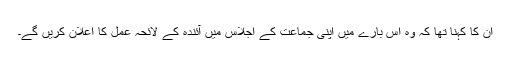
ان کا کہنا تھا کہ وہ اس بارے میں اپنی جماعت کے اجلاس میں آئندہ کے لائحہ عمل کا اعلان کریں گے۔